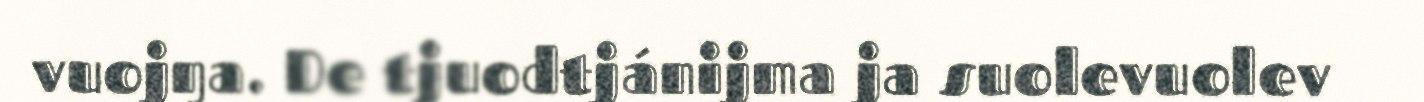
vuojŋa. De tjuodtjánijma ja suolevuolev